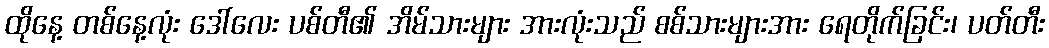
ထိုနေ့ တစ်နေ့လုံး ဒေါ်လေး ပစ်တီ၏ အိမ်သားများ အားလုံးသည် စစ်သားများအား ရေတိုက်ခြင်း၊ ပတ်တီး